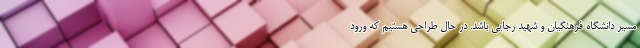
مسیر دانشگاه فرهنگیان و شهید رجایی باشد. در حال طراحی هستیم که ورود